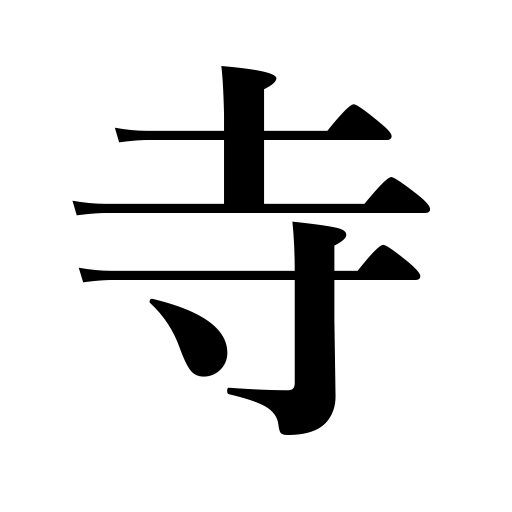
Meanings: temple